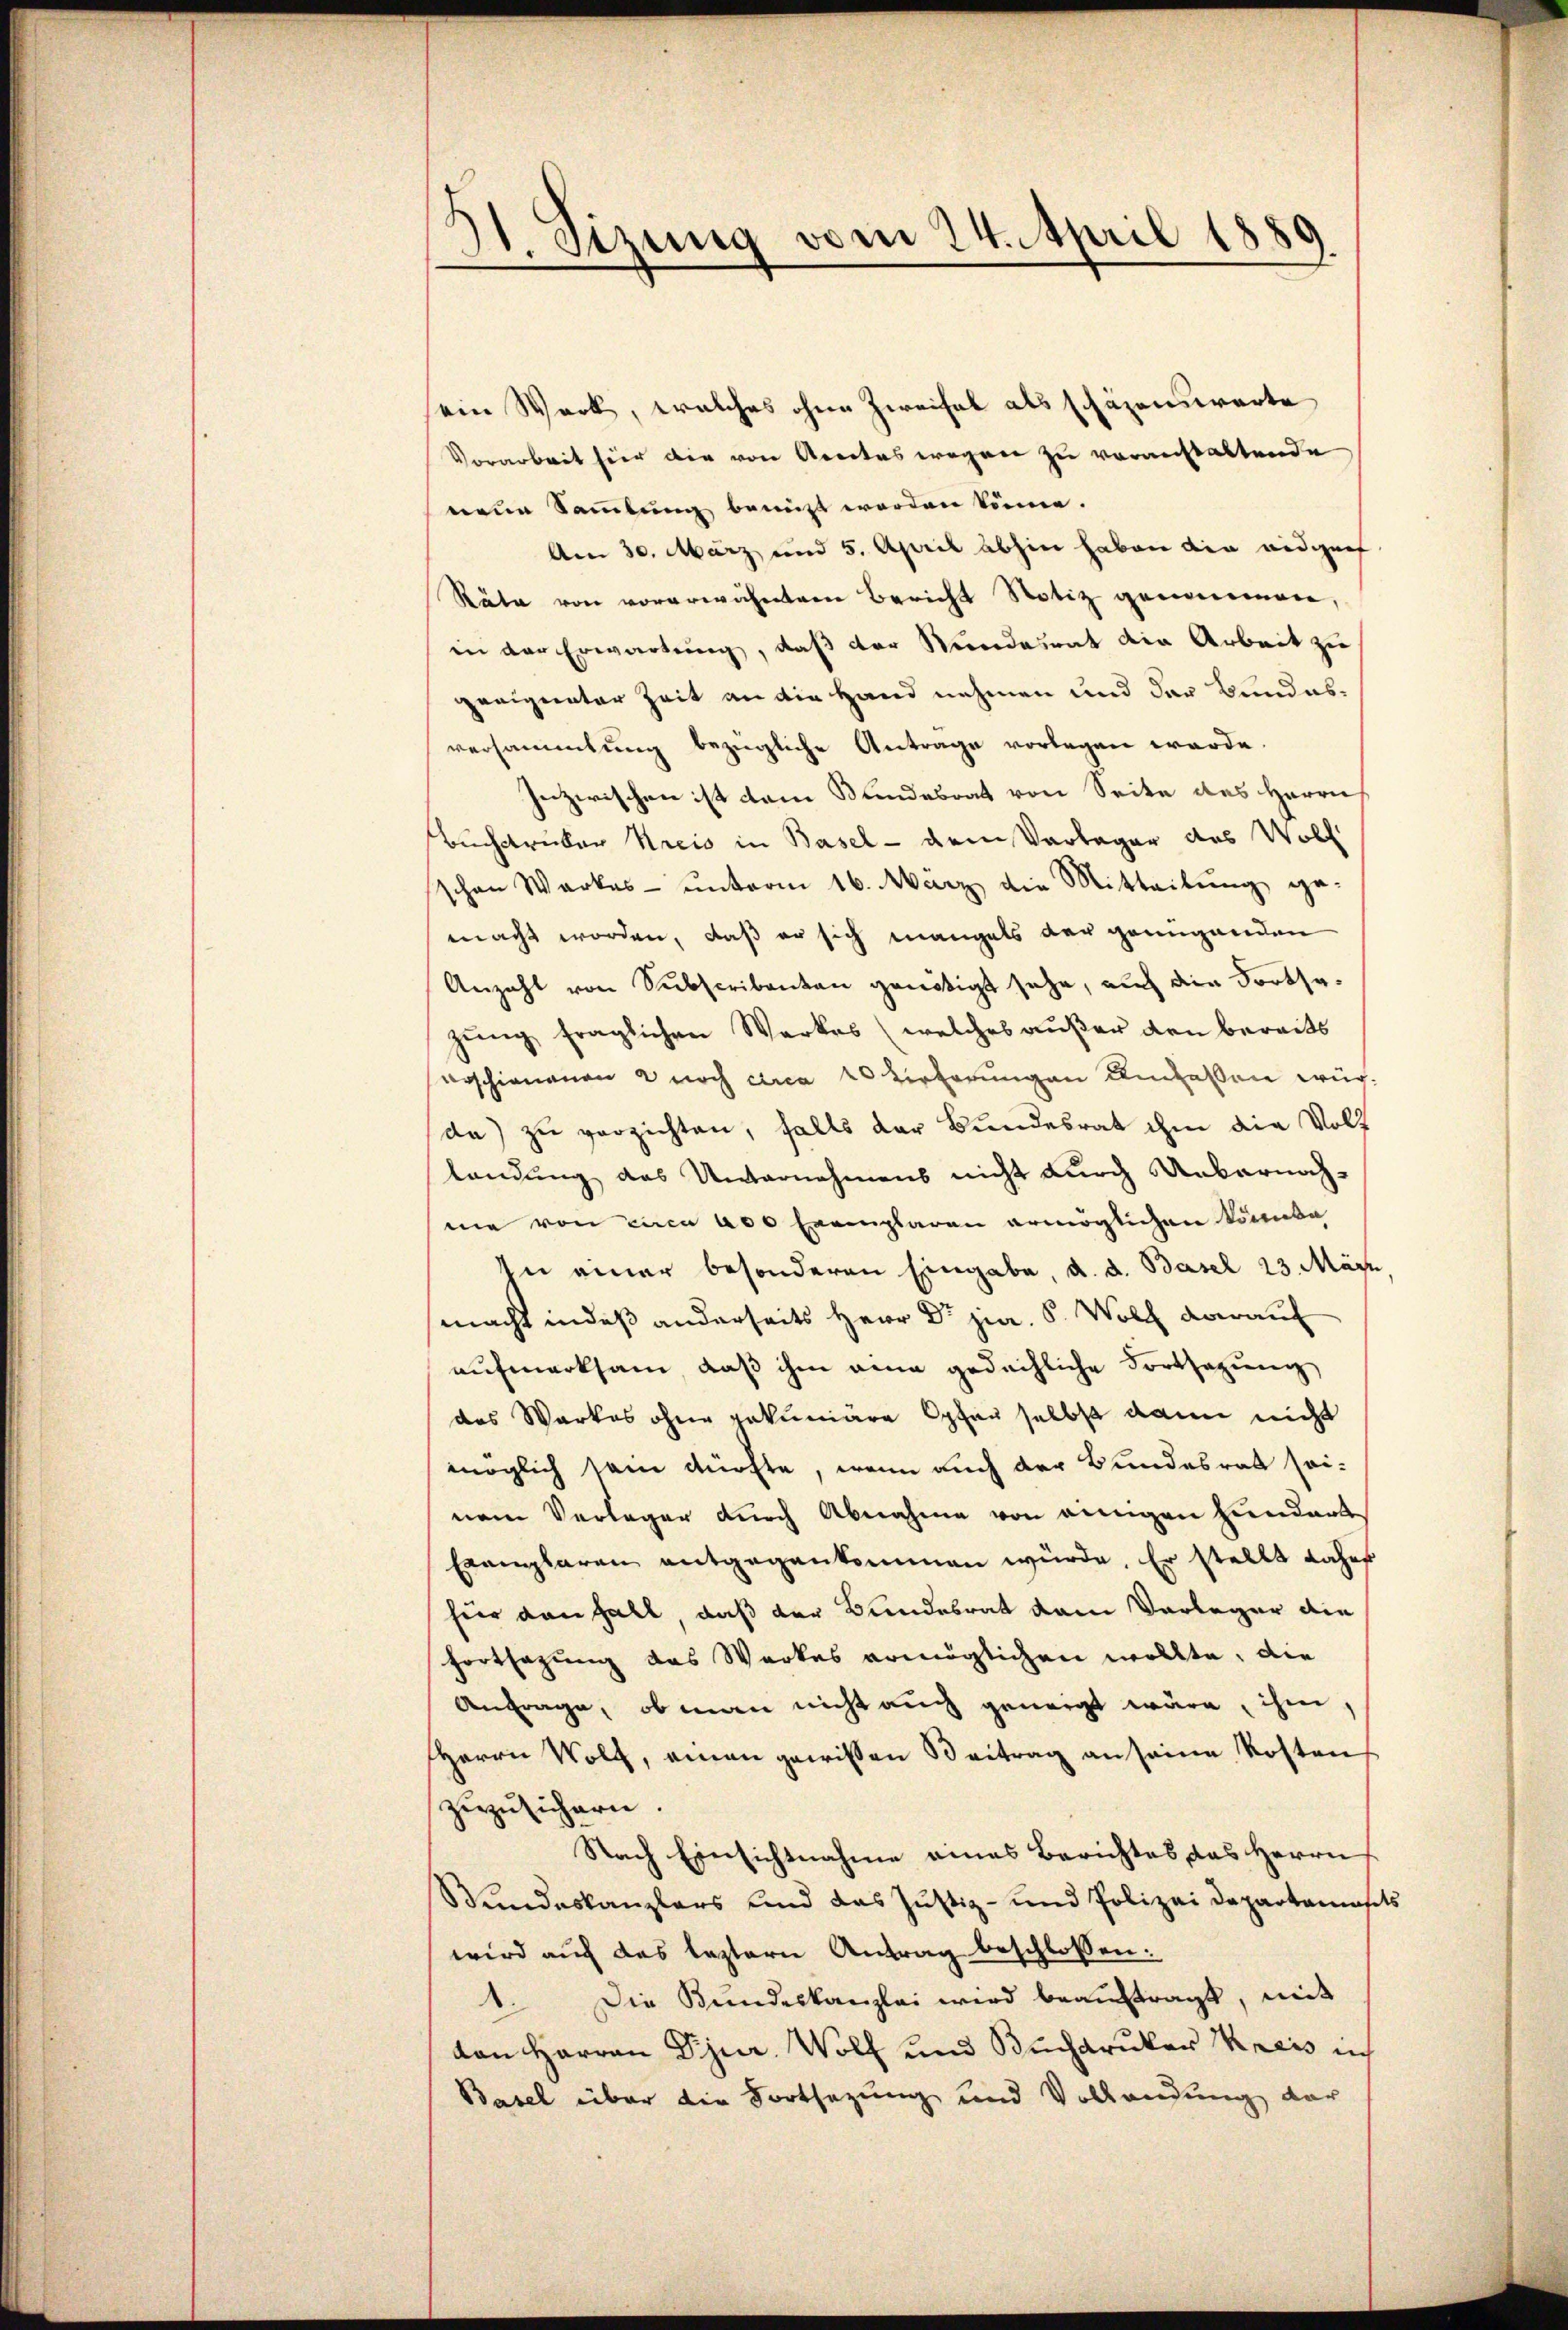
21. Sizung vom 24. April 1889.

sein Werk, welches ohne Zweifel als schäzenswerte
Vorarbeit hier die von Arectes wegen zu voranstaltende
neue Sammlung benutzt worden könne.
Am 30. März und 5. April abhin haben die eidgenf
Räte von vorerwähnten Bericht Notiz genommen,
in der Erwartung, daß der Stundesrat die Arbeit zu
geeigneter Zeit an die Hand nehmen und der Bundesversammlung bezügliche Antrage vorlegen werde.
Inzwischen ist dem Stundesrat von Seite des Herrn
Buchdrüber Kreis in Basel - dem Verleger des Woll
schen Werkes ŭnterm 16. März die Mitteilŭng ge-
macht worden, daß er sich mangels der genügenden
Anzahl von Subscribanten genötigt sehe, auch die Fortsezung fraglichen Werkes (welches außer den bereits
erschienenen noch circa 20 Tieferungen Umfassen würda) zu verzichten, falls der Bundesrat ihm die Voll
landung das Unternehmens nicht durch Unbarnachmie von circa 200 Exemplaren ermöglichen konnta
In einer besonderen Eingabe, d. d. Basel 23. März
macht indeß anderseits Herr Dr. jur. S. Wolch darauf
aŭfmerksam, daß ihm ein gedächliche Fortsazung
das Werkes ohne pekuniäre Opfer selbst dann nicht
möglich sein dürfte, wenn auch der Bundesrat seinem Verleger durch Abnahme von einigen Hundart
Exemplaren entgegenkommen würde. Er stellt Jahrs
für dan Fall, daß der Bundesrat vom Vorleger die
Fortsazung des Werkes ermöglichen wollte, die
Anfrage, ob man nicht auch geneigt wäre, ihm,
HHerrn Wolf, einen gewissen Beitrag an seine Kosten
zŭzŭsichern.
Nach Einsichtnahme eines Berichtes das Herrn
Bundeskanzlers und das Justiz- und Polizei Departamasets
wird auch das leztern Antrag beschlossen:
Die Bundeskanzlei wird beaŭftragt, mit
d.
von Harron Djur. Wolf und Buchdruker Kreis ich
Basel über die Fortsetzung und Vollendung der